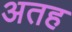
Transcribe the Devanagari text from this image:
अतह